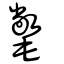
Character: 氅